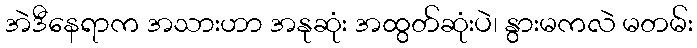
အဲဒီနေရာက အသားဟာ အနုဆုံး အထွတ်ဆုံးပဲ၊ နွားမကလဲ မတမ်း